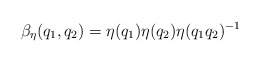
\begin{align*}\beta_\eta(q_1,q_2) = \eta(q_1) \eta(q_2) \eta(q_1 q_2)^{-1}\end{align*}